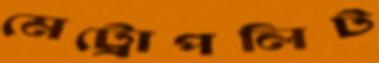
মেট্রোপলিট